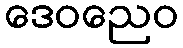
ဒေဝညေဝ